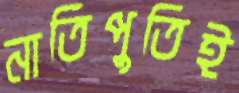
নাতিপুতিই